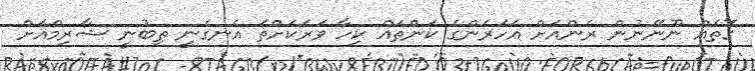
ގޮތެއް ނޫނޭނުން ރެންއަށް އަހަރެންގެ ކަންތައް ކިހާ ވަރަކަށްތަ އެނގެނީ ތިބުނީ ޝާރިމްއަށް